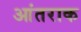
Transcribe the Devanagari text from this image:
आंतराक